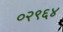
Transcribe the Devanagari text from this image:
०२९६४